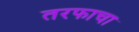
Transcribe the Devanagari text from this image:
तरफाचा